Indian journal of veterinary science and animal husbandry - Volume 8,
Year: 1938
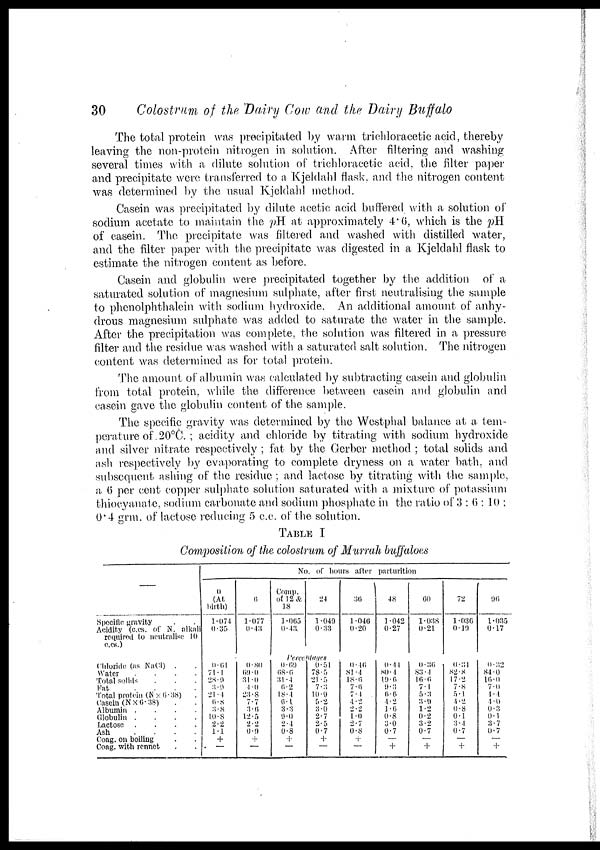
30
Colostrum of the Dairy Cow and the Dairy Buffalo
The total protein was precipitated by warm trichloracetic acid, thereby
leaving the non-protein nitrogen in solution. After filtering and washing
several times with a dilute solution of trichloracetic acid, the filter paper
and precipitate were transferred to a Kjeldahl flask, and the nitrogen content
was determined by the usual Kjeldahl method.
Casein was precipitated by dilute acetic acid buffered with a solution of
sodium acetate to maintain the pH at approximately 4.0, which is the pH
of casein. The precipitate was filtered and washed with distilled water,
and the filter paper with the precipitate was digested in a Kjeldahl flask to
estimate the nitrogen content as before.
Casein and globulin were precipitated together by the addition of a
saturated solution of magnesium sulphate, after first neutralising the sample
to phenolphthalein with sodium hydroxide. An additional amount of anhy-
drous magnesium sulphate was added to saturate the water in the sample.
After the precipitation was complete, the solution was filtered in a pressure
filter and the residue was washed with a saturated salt solution. The nitrogen
content was determined as for total protein.
The amount of albumin was calculated by subtracting casein and globulin
from total protein, while the difference between casein and globulin and
casein gave the globulin content of the sample.
The specific gravity was determined by the Westphal balance at a tem-
perature of 20°C. ; acidity and chloride by titrating with sodium hydroxide
and silver nitrate respectively ; fat by the Gerber method ; total solids and
ash. respectively by evaporating to complete dryness on a water bath, and
subsequent ashing of the residue ; and lactose by titrating with the sample,
a. 6 per cent copper sulphate solution saturated with a mixture of potassium
thioeyanate, sodium carbonate and sodium phosphate in the ratio of 3 : 6: 10 ;
0.4 grm. of lactose reducing 5 c.c. of the solution.
TABLE I
Composition of the colostrum of Murrah buffaloes
—
Specific, gravity . .
Acidity (c.cs. of N. alkali
required to neutralise 10
C.C.S.)
Chloride (as NaCl) . .
Water . . . .
Total solids . . .
Fat
.
.
.
.
Total protein (N×6.38) .
Casein (N×6. 33) . .
Albumin .
.
.
.
Globulin .
.
.
.
Lactose
.
.
.
.
Ash
.
.
.
.
Coag. on boiling . .
Coag. with rennet . .
No. of hours alter parturition
0
(At
birth)
1.074
0.35
0.01
71.1
28.9
3.9
21.4
6.8
3.8
10.8
2.2
1.1
+
—
6
1.077
0.43
0.80
69.0
31.0
4.0
23.8
7.7
3.6
12.5
2.2
0.9
+
—
Comp.
of 12 &
18
1.065
0.43
Percentages
0.69
68.6
31.4
6.2
18.4
6.1
3.3
9.0
2.4
0.8
+
—
24
1.049
0.33
0.51
78.5.
21 .5
7.3
1.0.9
5.2
3.0
2.7
2.5
0.7
+
—
30
1.040
0.20
0.46
81.4
18 .6
7.6
7.4
4.2
2.2
1.0
2.7
0.8
+
—
48
1.042
0.27
0.41
80.4
19.6
9.3
6.6
4.2
1.6
0.8
3.0
0.7
—
+
60
1.038
0.21
0.36
83 . 4
16.6
7.1
5.3
3.9
1.2
0.2
3.2
0.7
—
+
72
1.036
0.19
0.34
82.8
17.2
7.8
5.1
4.2
0.8
0.1
3.4
0.7
—
+
96
1.035
0.17
0.32
84.0
16.0
7.0
4.4
4.0
0.3
0.1
3.7
0.7
—
+